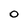
Character: 0